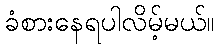
ခံစားနေရပါလိမ့်မယ်။